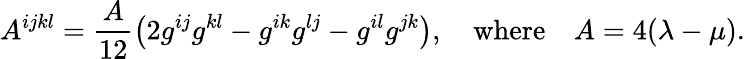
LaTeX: A^{ijkl}=\frac{A}{12}\left(2g^{ij}g^{kl}-g^{ik}g^{lj}-g^{il}g^{jk}\right),\quad\mathrm{where}\quad A=4(\lambda-\mu).